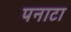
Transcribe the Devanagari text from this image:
पनाटा